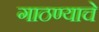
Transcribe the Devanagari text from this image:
गाठण्याचे